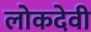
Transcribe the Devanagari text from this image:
लोकदेवी